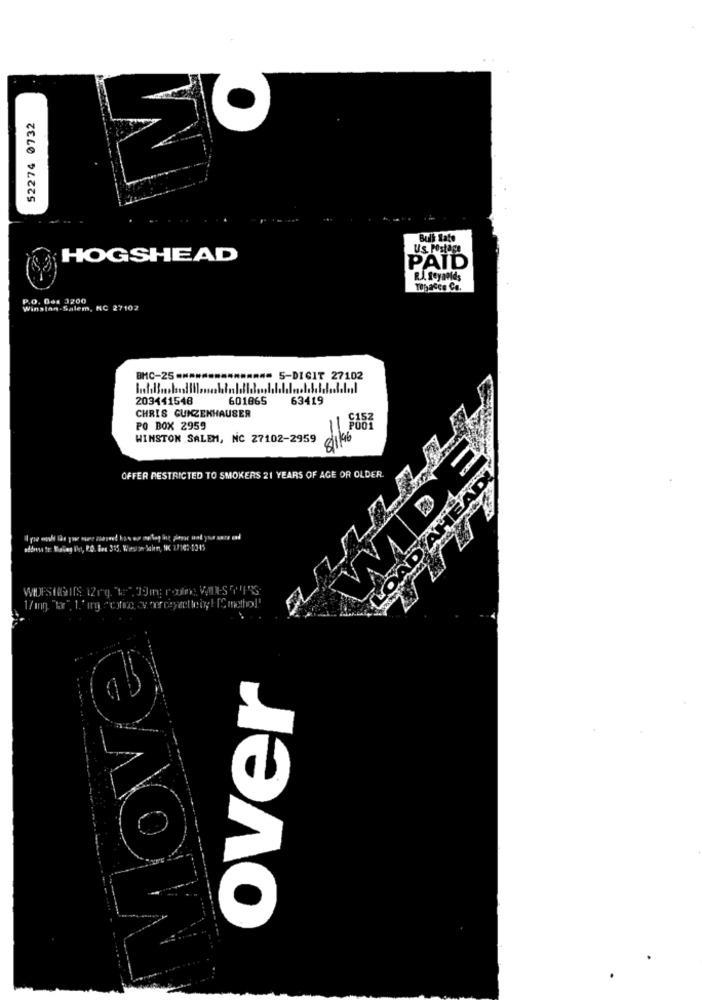
52274 0732
Bull Rato
Us. Postage
HOGSHEAD
PAID
YOpacco Ca.
P.O. Box 3200
Winston-Salem, NC 27102
BMC-25 **************= 5-DIGIT 27102
203441548
601865
63419
CHRIS GUNZENHAUSER
PO BOX 2959
WINSTON SALEM, NC 27102-2959
OFFER RESTRICTED TO SMOKERS 21 YEARS OF AGE OR OLDER.
odbww to: Balog Vist, PO. Box 315, Wieson Jalen, NK 27100 10 15
over